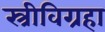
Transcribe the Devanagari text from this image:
स्त्रीविग्रहा